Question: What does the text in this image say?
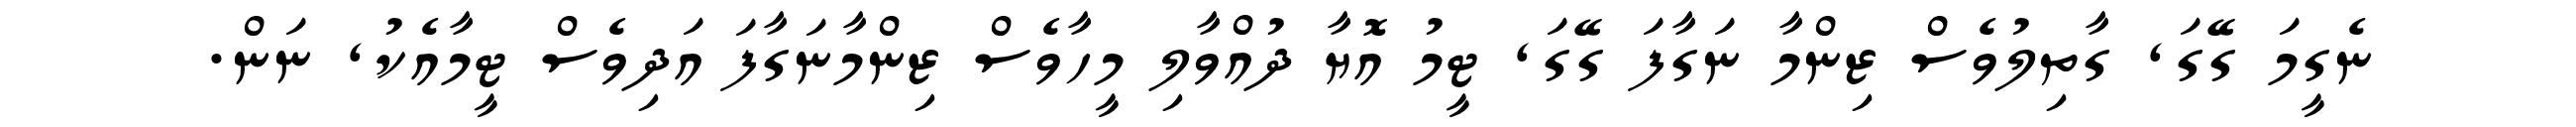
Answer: ނެގީމަ ގޭގަ, ގާތިލުވެސް ޒިންމާ ނަގާފަ ގޭގަ, ޓީމު އޮޔާ ދުއްވާލި މީހާވެސް ޒިންމާނަގާފަ އަދިވެސް ޓީމާއެކު, ނަން.